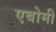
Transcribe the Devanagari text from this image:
एबोमी